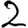
Digit: 2